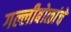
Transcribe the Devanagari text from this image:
गल्लीबोळांचे